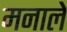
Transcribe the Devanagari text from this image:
मनाले